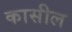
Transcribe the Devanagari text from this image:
कासील